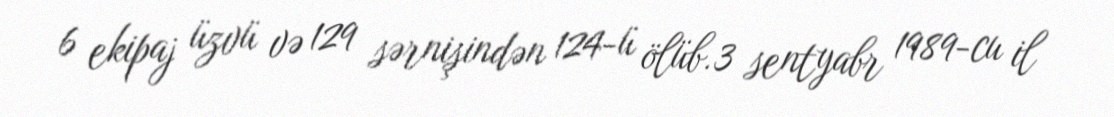
6 ekipaj üzvü və 129 sərnişindən 124-ü ölüb.3 sentyabr 1989-cu il